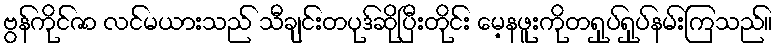
ဗွန်ကိုင်ဇာ လင်မယားသည် သီချင်းတပုဒ်ဆိုပြီးတိုင်း မေ့နဖူးကိုတရှုပ်ရှုပ်နမ်းကြသည်။